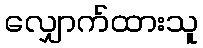
လျှောက်ထားသူ